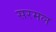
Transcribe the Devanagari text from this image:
सरमल